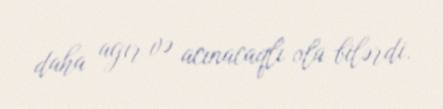
daha ağır və acınacaqlı ola bilərdi.